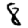
Digit: 8